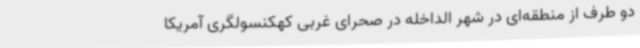
دو طرف از منطقه‌ای در شهر الداخله در صحرای غربی کهکنسولگری آمریکا